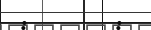
:       :